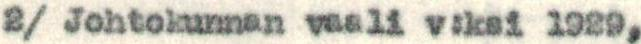
2/ Johtokunnan vaali v:ksi 1929,